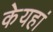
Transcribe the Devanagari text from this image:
केयहां